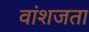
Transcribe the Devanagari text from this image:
वांशजता